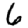
Digit: 6